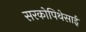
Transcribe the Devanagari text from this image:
सरकोपिथेसाई